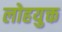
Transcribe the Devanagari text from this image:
लोहयुक्त